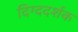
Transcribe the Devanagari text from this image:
दिग्ददर्शक